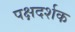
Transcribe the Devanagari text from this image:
पक्षदर्शक